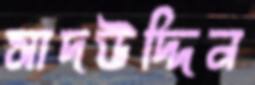
সাদউদ্দিন